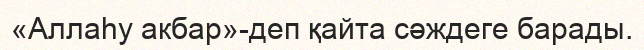
«Аллаһу акбар»-деп қайта сәждеге барады.